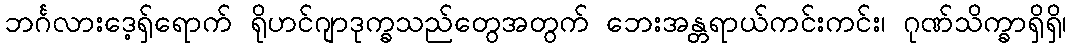
ဘင်္ဂလားဒေ့ရှ်ရောက် ရိုဟင်ဂျာဒုက္ခသည်တွေအတွက် ဘေးအန္တရာယ်ကင်းကင်း၊ ဂုဏ်သိက္ခာရှိရှိ၊